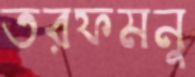
তরফমনু